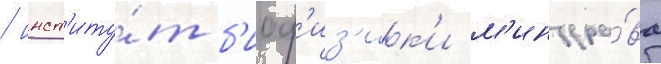
/ инст'иту́т б'иоф'из'ик'и м'инздра́ва